Rapla_vallavalitsus, lk 26
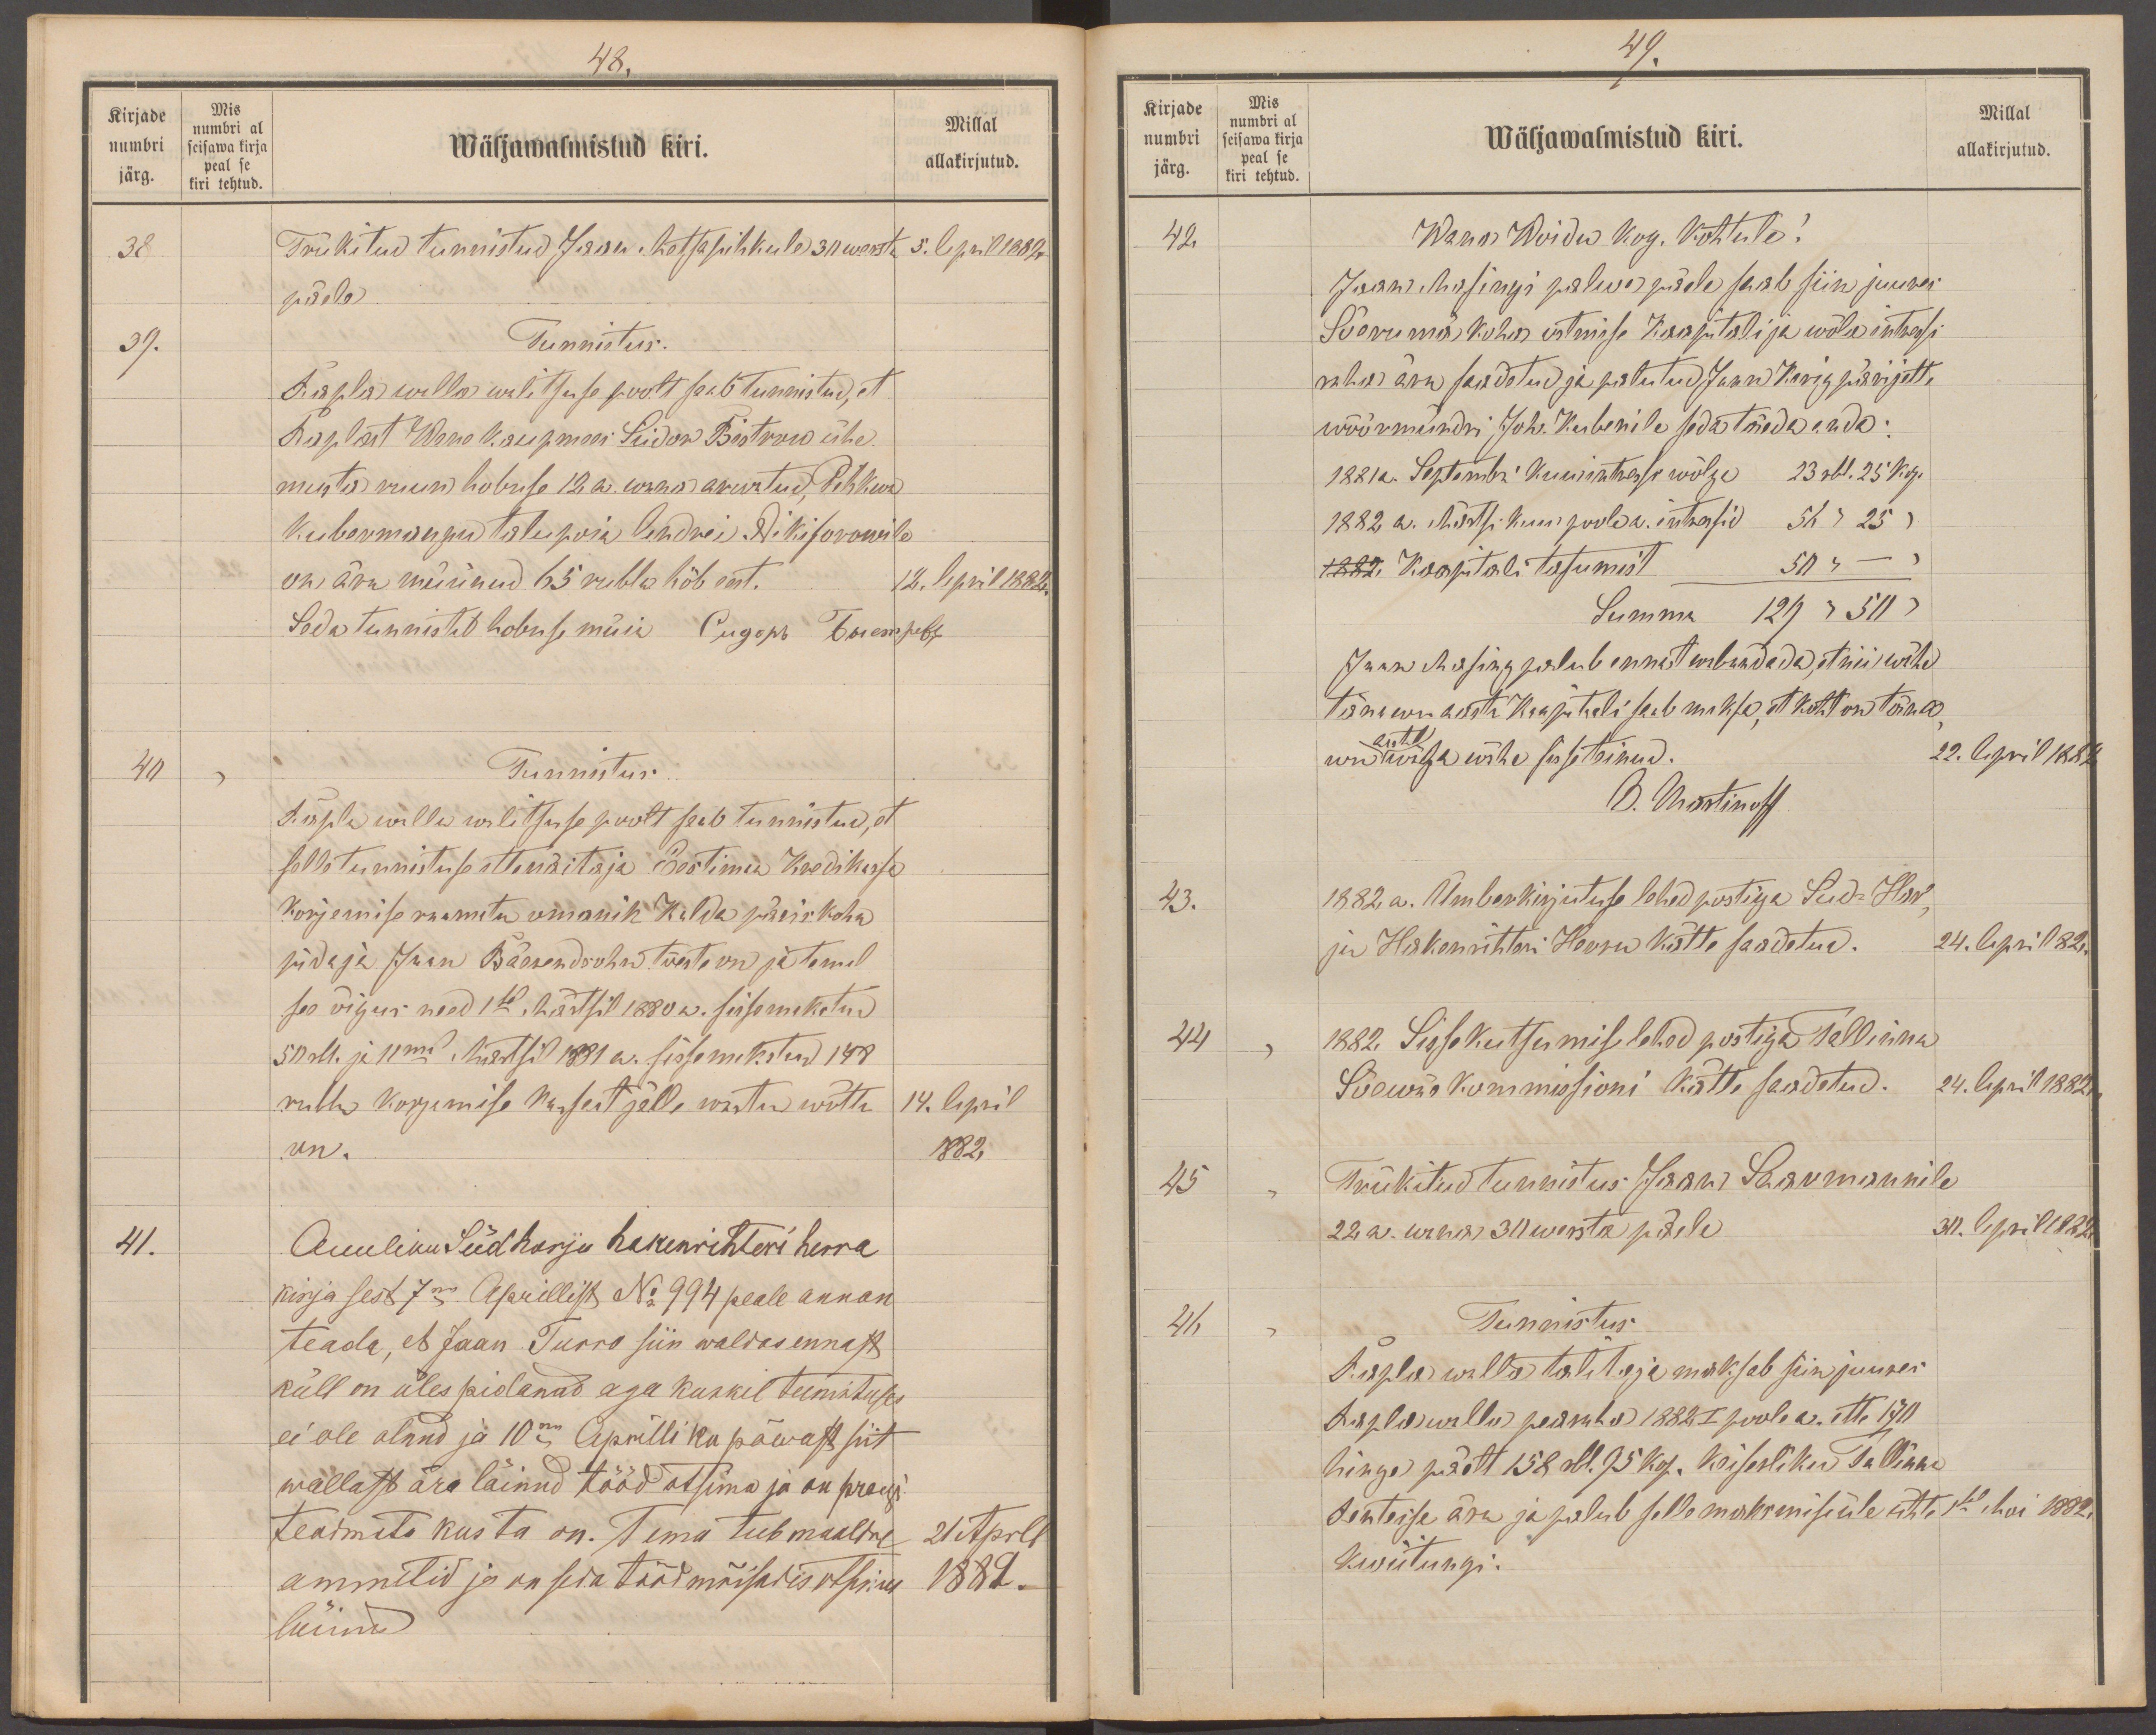
48.
Kirjade
Mis
numbri al
numbri
Wäljawalmistud kiri.
seisawa kirja
allakirjutud.
Millal
peal se
järg.
kiri tehtud.
38
Trükitud tunnistud Jaan Metsasihkule 30 wersta
5. April 1882
päele
39.
Tunnistus.
Rapla walla walitsuse poolt saab tunnistud, et
Raplast Wene kaupmees Siidor Bistorow ühe
musta ruun hobuse 12 a. wana awatud, Pihkwa
Kubermangu talupoia Andrei Nikiforowile
on ära müünud 65 rubla hõb eest.
12. April 1882.
Seda tunnistel hobuse müia Pigop Tommpeb,
40
Tunnistus
Rapla walla walitsuse poolt saab tunnistud, et
selle tunnistuse ettenäitaja Eestimaa Kredikassa
Korjamise raamatu omanik Kalda päriskoha
pidaja Jaan Bäerendsohn tõeste on ja temal
see õigus need 1sel Märtsil 1880 a. sissemakstud
50 rbl. ja 11mal. Märtsil 1881 a. sissemakstud 148
rubla korjamise kassast jälle wastu wõtta
14. April
on.
1882
41.
Auuliku Süd-Harju hakenrihteri herra
kirja sest 7ma Aprillist No 994 peale annan
teada, et Jaan Turro siin waldas ennast
küll on üles pidanud aga kuskil teenistuses
ei ole olnud ja 10ma Aprilli ku päewast siit
wallast ära läinud tööd otsima ja on praegu
teadmata kus ta on. Tema teeb maaldre
21 April
ammetid ja on seda tööd mõisades otsimas
1882.
käinud

49.
Kirjade
Mis
Millal
numbri al
numbri
Wäljawalmistud kiri.
allakirjutud.
seisawa kirja
peal se
järg.
kiri tehtud.
42
Wana-Woidu kog. Kohtule!
Jaan Masingi palwe päele saab siin juures
Sõerumä koha ostmise Kaapitali ja wõla intressi
raha ära saadetud ja palutud Jaan Karig pärijatte
wöörmündri, Joh. Kubenile seda täeda anda:
1881a. Septembri kuu intressi wõlga 23 rbl. 25 kop.
1882 a. Märtsi kuu poole a. intressid 56 " 25 "
1882 Kaapitali tasumist 50 " -
Summa 129 " 50 "
Jaan Masing palub ennast wabandada, et nii wähe
tänawu aasta kaapitali saab maksa, et koht on täna
aastal
wu wäga wähe sisse teinud.
22. April 1882
B. Martinoff
43.
1882. a. ümberkirjutuse lehed postiga Süd-Har-
ju Hakenrihteri Herra kätte saadetud.
24. April 82.
44
1882. Sissekutsumise lehed postiga Tallinna
Sõawäe kommissioni kätte saadetud.
24. April 1882.
45
Trükitud tunnistus Jaan Saarmannile
22 a. wana 30 wersta päele.
30. April 1882
46
Tunnistus
Rapla walla talitaja maksab siin juures
Rapla walla pearaha 1882 I poole a. ette  170
hinge päelt 158 rbl. 75 kop. keiserliku Tallinna
Rentreise ära ja palub selle maksmise üle ühte
1sel Mai 1882.
kwiitungi.